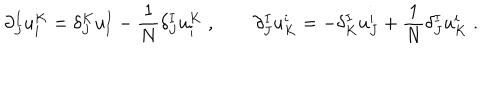
\partial _ { J } ^ { I } u _ { i } ^ { K } = \delta _ { J } ^ { K } u _ { i } ^ { I } - { \frac { 1 } { N } } \delta _ { J } ^ { I } u _ { i } ^ { K } \; , \qquad \partial _ { J } ^ { I } u _ { K } ^ { i } = - \delta _ { K } ^ { I } u _ { J } ^ { i } + { \frac { 1 } { N } } \delta _ { J } ^ { I } u _ { K } ^ { i } \; .